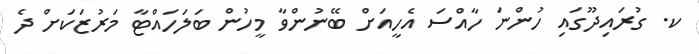
ކ. ގުރައިދޫގައި ހުންނަ ހާއްސަ އެހީއަށް ބޭނުންވާ މީހުން ބަލަހައްޓާ މަރުޒަކަށް ދެ